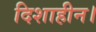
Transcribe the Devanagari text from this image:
दिशाहीन।